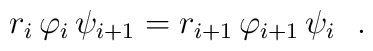
r_i \, \varphi_i \, \psi_{i+1}=r_{i+1} \, \varphi_{i+1} \, \psi_i \ \ .